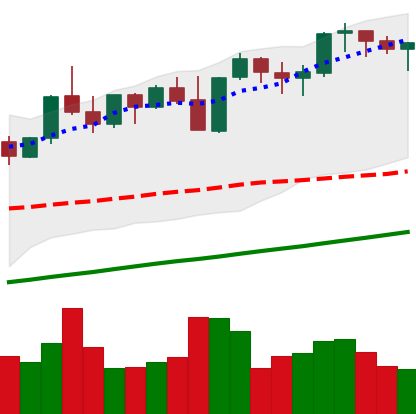
Ticker: ETH-USD
Chart end date: 2021-11-06
Forward return: 4.618%
Label: up_3_5